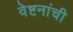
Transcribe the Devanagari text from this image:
वेष्टनांची